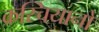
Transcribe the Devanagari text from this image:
क्रस्चियानो